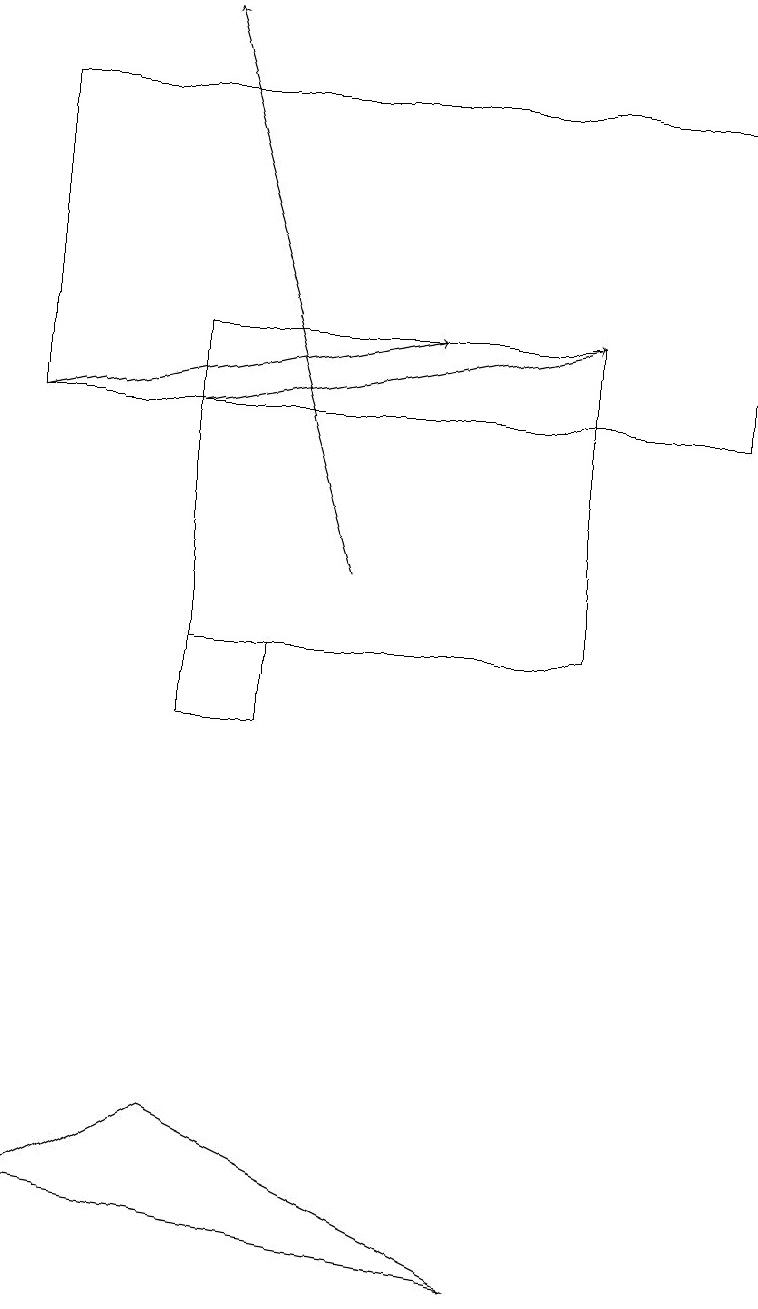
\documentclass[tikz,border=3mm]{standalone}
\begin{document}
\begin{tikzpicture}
\draw[->] (2,14) -- (7,15);
\draw (0,4) -- (2,5) -- (6,3) -- cycle;
\draw (3,11) rectangle (2,10);
\draw[->] (4,12) -- (2,19);
\draw (9,14) rectangle (0,18);
\draw[->] (0,14) -- (5,15);
\draw (7,11) rectangle (2,15);
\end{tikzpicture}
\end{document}